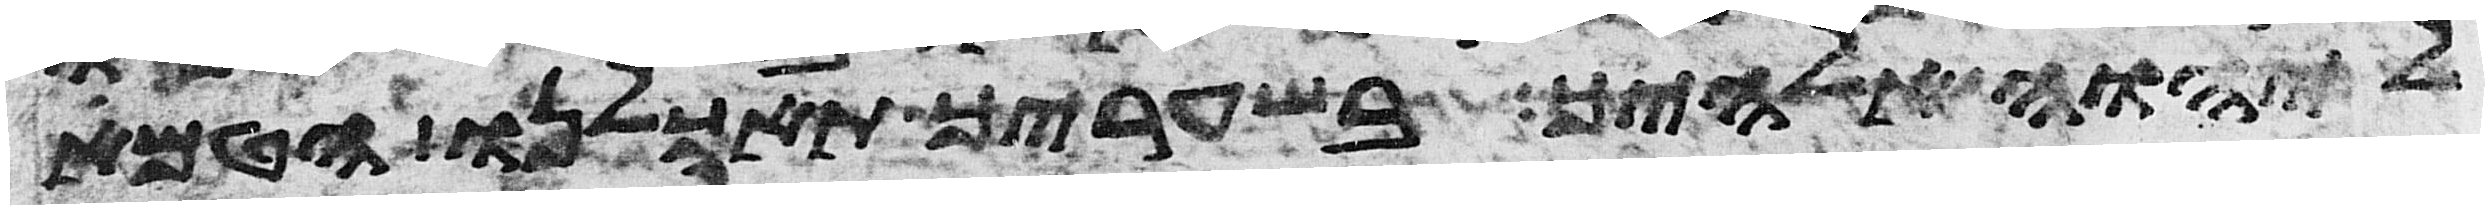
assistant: ליהוה אלהיך בשעריך תאכלנו הטמא